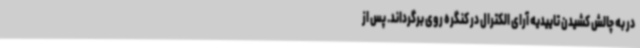
در به چالش کشیدن تاییدیه آرای الکترال در کنگره روی برگرداند. پس از